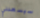
سيسعدني